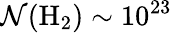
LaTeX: \mathcal{N}(\mathrm{{{H}_{2})\sim10^{23}}}